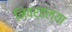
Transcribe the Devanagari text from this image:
निवर्तल्या